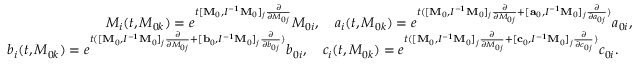
\begin{array} { r } { M _ { i } ( t , M _ { 0 k } ) = e ^ { t [ { \bf M } _ { 0 } , I ^ { - 1 } { \bf M } _ { 0 } ] _ { j } \frac { \partial } { \partial M _ { 0 j } } } M _ { 0 i } , \quad a _ { i } ( t , M _ { 0 k } ) = e ^ { t ( [ { \bf M } _ { 0 } , I ^ { - 1 } { \bf M } _ { 0 } ] _ { j } \frac { \partial } { \partial M _ { 0 j } } + [ { \bf a } _ { 0 } , I ^ { - 1 } { \bf M } _ { 0 } ] _ { j } \frac { \partial } { \partial a _ { 0 j } } ) } a _ { 0 i } , } \\ { b _ { i } ( t , M _ { 0 k } ) = e ^ { t ( [ { \bf M } _ { 0 } , I ^ { - 1 } { \bf M } _ { 0 } ] _ { j } \frac { \partial } { \partial M _ { 0 j } } + [ { \bf b } _ { 0 } , I ^ { - 1 } { \bf M } _ { 0 } ] _ { j } \frac { \partial } { \partial b _ { 0 j } } ) } b _ { 0 i } , \quad c _ { i } ( t , M _ { 0 k } ) = e ^ { t ( [ { \bf M } _ { 0 } , I ^ { - 1 } { \bf M } _ { 0 } ] _ { j } \frac { \partial } { \partial M _ { 0 j } } + [ { \bf c } _ { 0 } , I ^ { - 1 } { \bf M } _ { 0 } ] _ { j } \frac { \partial } { \partial c _ { 0 j } } ) } c _ { 0 i } . \quad } \end{array}